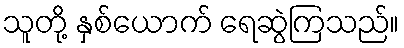
သူတို့ နှစ်ယောက် ရေဆွဲကြသည်။